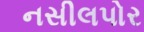
નસીલપોર